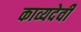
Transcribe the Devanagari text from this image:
काव्यदेवी